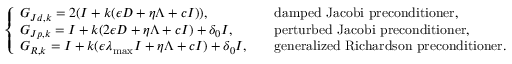
\left\{ \begin{array} { l l } { G _ { J d , k } = 2 ( I + k ( \epsilon D + \eta \Lambda + c I ) ) , \quad } & { \mathrm { d a m p e d ~ J a c o b i ~ p r e c o n d i t i o n e r } , } \\ { G _ { J p , k } = I + k ( 2 \epsilon D + \eta \Lambda + c I ) + \delta _ { 0 } I , \quad } & { \mathrm { p e r t u r b e d ~ J a c o b i ~ p r e c o n d i t i o n e r } , } \\ { G _ { R , k } = I + k ( \epsilon \lambda _ { \operatorname* { m a x } } I + \eta \Lambda + c I ) + \delta _ { 0 } I , \quad } & { \mathrm { g e n e r a l i z e d ~ R i c h a r d s o n ~ p r e c o n d i t i o n e r } . } \end{array} \right.